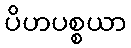
ပိဟပစ္စယာ